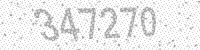
Solution: 347270